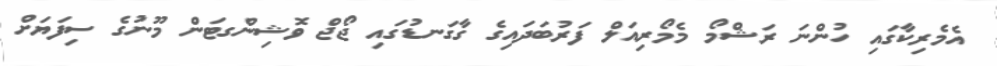
އެމެރިކާގައި ހުންނަ ރަޝްމޯ މެމޯރިއަލް ފަރުބަދައިގެ ގާގަނޑުގައި ޖޯޖް ވޮޝިންގޓަން މޫނުގެ ސިފަޔަށް